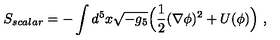
S _ { s c a l a r } = - \int d ^ { 5 } x \sqrt { - g _ { 5 } } \Big ( \frac { 1 } { 2 } ( \nabla \phi ) ^ { 2 } + U ( \phi ) \Big ) \ ,